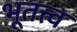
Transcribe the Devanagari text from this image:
भूतत्त्व